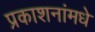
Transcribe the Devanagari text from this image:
प्रकाशनांमधे